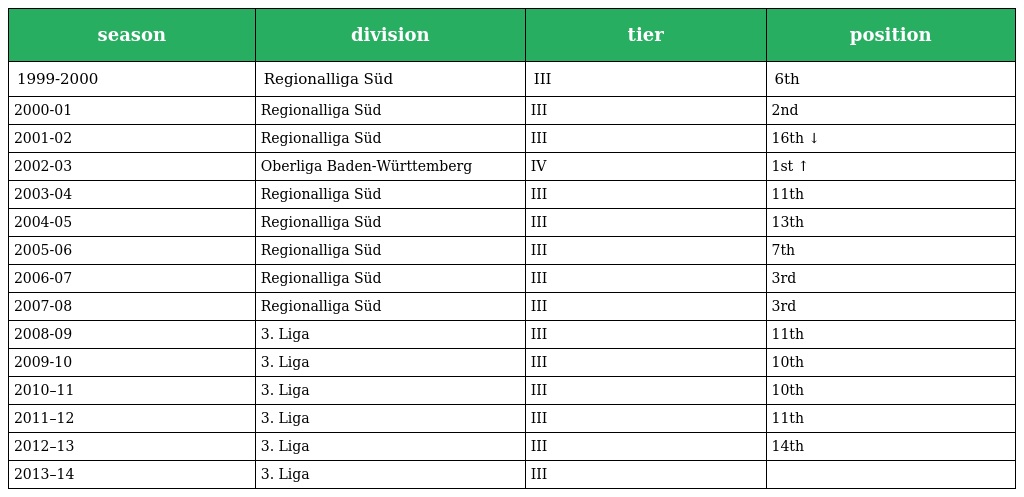
| season | division | tier | position |
 | --- | --- | --- | --- |
 | 1999-2000 | Regionalliga Süd | III | 6th |
 | 2000-01 | Regionalliga Süd | III | 2nd |
 | 2001-02 | Regionalliga Süd | III | 16th ↓ |
 | 2002-03 | Oberliga Baden-Württemberg | IV | 1st ↑ |
 | 2003-04 | Regionalliga Süd | III | 11th |
 | 2004-05 | Regionalliga Süd | III | 13th |
 | 2005-06 | Regionalliga Süd | III | 7th |
 | 2006-07 | Regionalliga Süd | III | 3rd |
 | 2007-08 | Regionalliga Süd | III | 3rd |
 | 2008-09 | 3. Liga | III | 11th |
 | 2009-10 | 3. Liga | III | 10th |
 | 2010–11 | 3. Liga | III | 10th |
 | 2011–12 | 3. Liga | III | 11th |
 | 2012–13 | 3. Liga | III | 14th |
 | 2013–14 | 3. Liga | III |  |